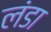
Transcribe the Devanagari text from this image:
लंडा